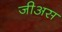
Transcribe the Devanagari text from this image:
जीअस